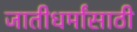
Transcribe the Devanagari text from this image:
जातीधर्मांसाठी